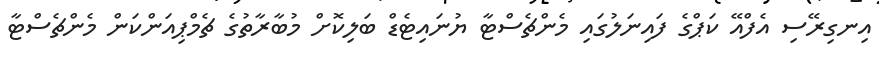
އިނގިރޭސި އެފްއޭ ކަޕްގެ ފައިނަލުގައި މެންޗެސްޓާ ޔުނައިޓެޑް ބަލިކޮށް މުބާރާތުގެ ޗެމްޕިއަންކަން މެންޗެސްޓާ